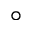
^ \circ